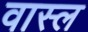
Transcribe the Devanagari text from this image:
वास्ल